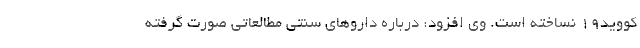
کووید۱۹ نساخته است. وی افزود: درباره داروهای سنتی مطالعاتی صورت گرفته